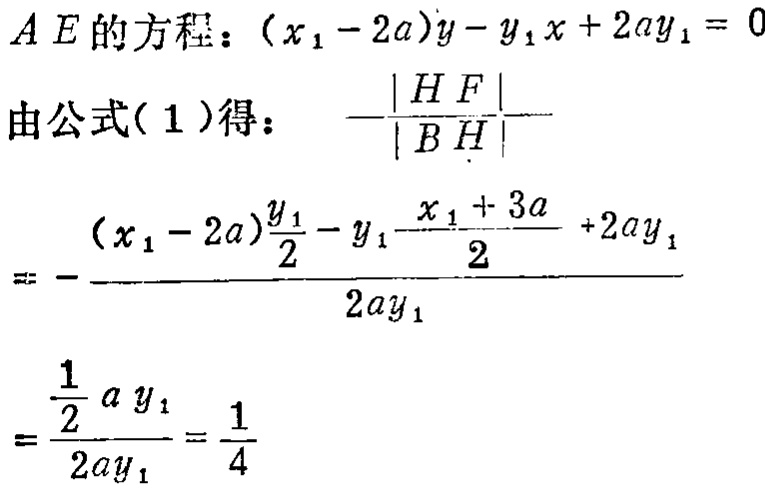
\[
\begin{align*}
AE的方程：&(x_1 - 2a)y - y_1x + 2ay_1 = 0\\
由公式(1)得：&-\frac{|HF|}{|BH|}\\
=&-\frac{(x_1 - 2a)\frac{y_1}{2}-y_1\frac{x_1 + 3a}{2}+2ay_1}{2ay_1}\\
=&\frac{\frac{1}{2}ay_1}{2ay_1}=\frac{1}{4}
\end{align*}
\]